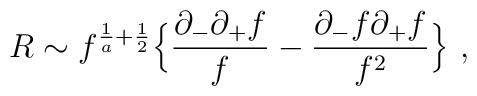
R\sim f^{{1 \over a}+{1 \over 2}}\Bigl\{{\partial_-\partial_+ f \over f}-{\partial_- f \partial_+ f \over f^2}\Bigr\} \ ,